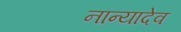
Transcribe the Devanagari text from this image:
नान्यादेव